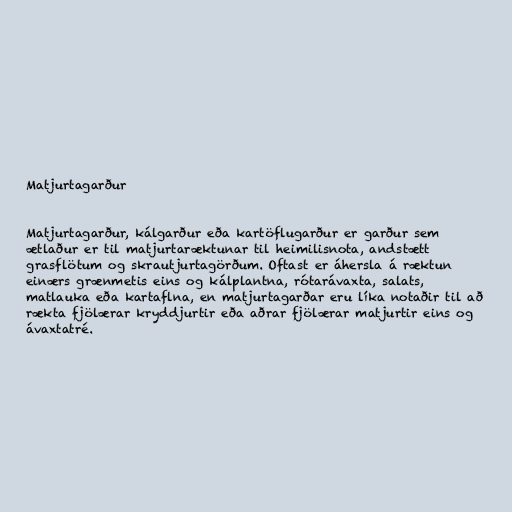
Matjurtagarður

Matjurtagarður, kálgarður eða kartöflugarður er garður sem
ætlaður er til matjurtaræktunar til heimilisnota, andstætt
grasflötum og skrautjurtagörðum. Oftast er áhersla á ræktun
einærs grænmetis eins og kálplantna, rótarávaxta, salats,
matlauka eða kartaflna, en matjurtagarðar eru líka notaðir til að
rækta fjölærar kryddjurtir eða aðrar fjölærar matjurtir eins og
ávaxtatré.